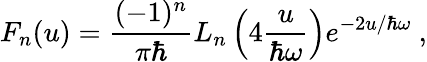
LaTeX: F_{n}(u)={\frac{(-1)^{n}}{\pi\hbar}}L_{n}\left(4{\frac{u}{\hbar\omega}}\right)e^{-2u/\hbar\omega}~,